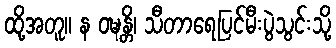
ထို့အတူ။ န ဝဍ္ဎန္တိ၊ သီတာရေပြင်မီးပွဲသွင်းသို့